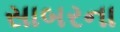
સાબરના